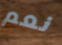
نعم